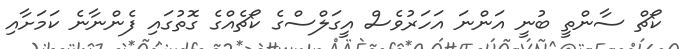
ކޯޗް ސާންތީ ބުނީ އަންނަ އަހަރުވެސް އީގަލްސްގެ ކޯޗެއްގެ ގޮތުގައި ފެންނާނެ ކަމަށާއި